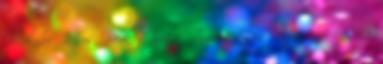
Molnár János, Berki Gyula, Timár János. 1945. április 12.